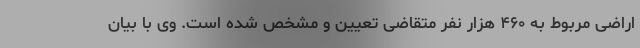
اراضی مربوط به ۴۶۰ هزار نفر متقاضی تعیین و مشخص شده است. وی با بیان